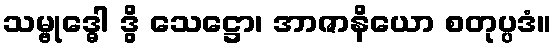
သမ္ဗုဒ္ဓေါ ဒွိ သေဋ္ဌော၊ အာဇာနိယော စတုပ္ပဒံ။